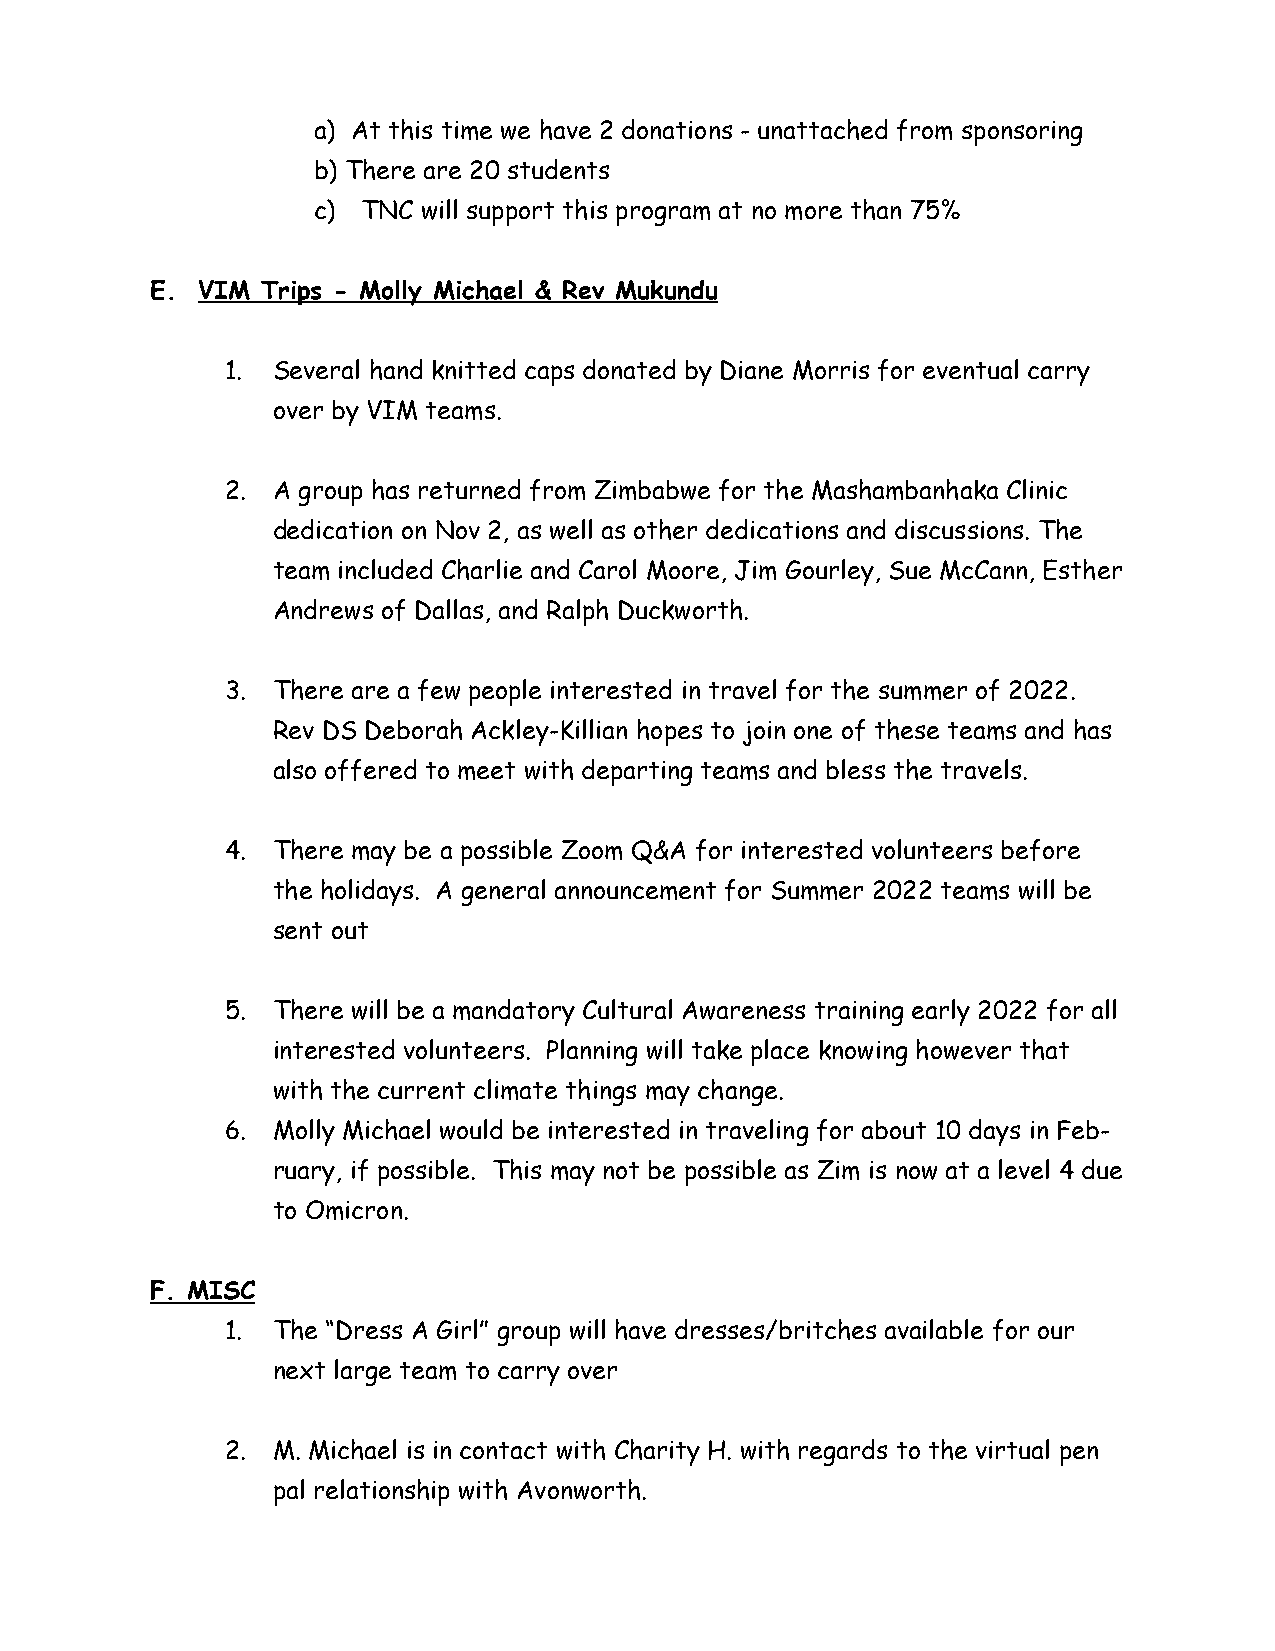
a) At this time we have 2 donations - unattached from sponsoring
 b) There are 20 students
 c) TNC will support this program at no more than 75%
 E. VIM Trips - Molly Michael & Rev Mukundu
 1. Several hand knitted caps donated by Diane Morris for eventual carry
 over by VIM teams.
 2. A group has returned from Zimbabwe for the Mashambanhaka Clinic
 dedication on Nov 2, as well as other dedications and discussions. The
 team included Charlie and Carol Moore, Jim Gourley, Sue McCann, Esther
 Andrews of Dallas, and Ralph Duckworth.
 3. There are a few people interested in travel for the summer of 2022.
 Rev DS Deborah Ackley-Killian hopes to join one of these teams and has
 also offered to meet with departing teams and bless the travels.
 4. There may be a possible Zoom Q&A for interested volunteers before
 the holidays. A general announcement for Summer 2022 teams will be
 sent out
 5. There will be a mandatory Cultural Awareness training early 2022 for all
 interested volunteers. Planning will take place knowing however that
 with the current climate things may change.
 6. Molly Michael would be interested in traveling for about 10 days in Feb-
 ruary, if possible. This may not be possible as Zim is now at a level 4 due
 to Omicron.
 F. MISC
 1. The “Dress A Girl” group will have dresses/britches available for our
 next large team to carry over
 2. M. Michael is in contact with Charity H. with regards to the virtual pen
 pal relationship with Avonworth.